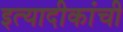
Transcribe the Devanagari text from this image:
इत्यादीकांची